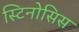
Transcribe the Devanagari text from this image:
स्टिनोसिस